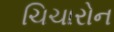
ચિચારોન